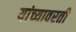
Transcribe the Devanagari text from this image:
यांच्यावरती